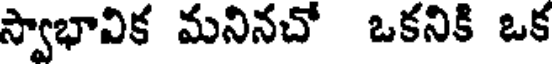
స్వాభావిక మనినచో ఒకనికి ఒక